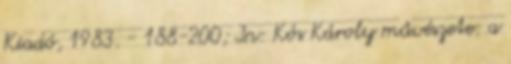
Kiadó, 1983. - 188-200; In: Kós Károly művészete: a